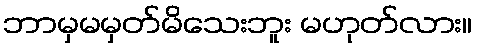
ဘာမှမမှတ်မိသေးဘူး မဟုတ်လား။